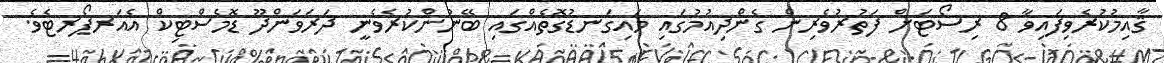
ޤާއިމުކުރެވިފައިވާ 8 ރިސޯޓަށް ފަތުރުވެރިން ގެންދިއުމުގައި މައިގަނޑުގޮތެއްގައި ބޭނުންކުރެވެނީ ދަރަވަންދޫ ޑޮމެސްޓިކް އެއަރޕޯރޓެވެ.